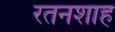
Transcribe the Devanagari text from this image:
रतनशाह